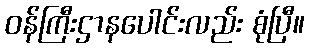
ဝန်ကြီးဌာနပေါင်းလည်း စုံပြီ။